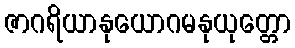
ဇာဂရိယာနုယောဂမနုယုတ္တော